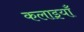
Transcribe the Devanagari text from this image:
कलाइयाँ